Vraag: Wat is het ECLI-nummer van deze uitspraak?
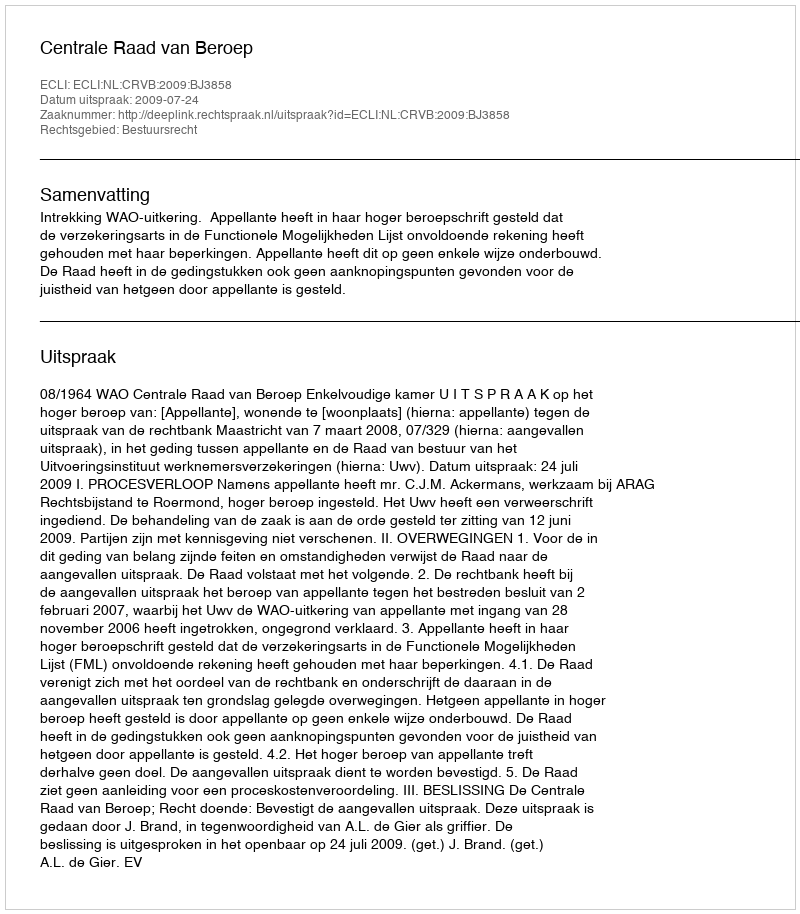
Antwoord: ECLI:NL:CRVB:2009:BJ3858